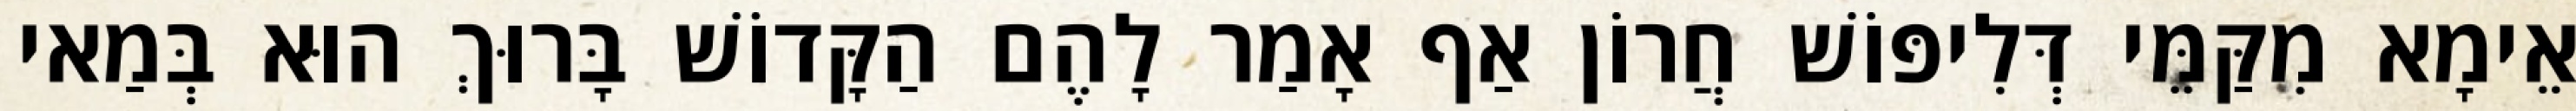
אֵימָא מִקַּמֵּי דְּלִיפּוֹשׁ חֲרוֹן אַף אָמַר לָהֶם הַקָּדוֹשׁ בָּרוּךְ הוּא בְּמַאי